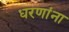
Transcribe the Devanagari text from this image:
धरणांना